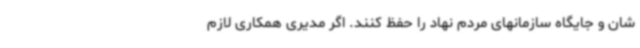
شان و جایگاه سازمانهای مردم نهاد را حفظ کنند. اگر مدیری همکاری لازم